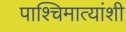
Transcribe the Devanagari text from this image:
पाश्चिमात्यांशी